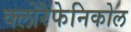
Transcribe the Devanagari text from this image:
क्लोरैफेनिकोल